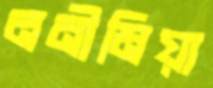
ননীমিয়া